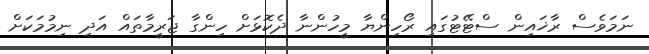
ނަމަވެސް ރާޚައިން ސްޓޭޓުގައި ރޯހިންޔާ މީހުންނާ ދެކޮޅަށް ހިންގާ ޖަރީމާތައް އަދި ނިމުމަކަށް